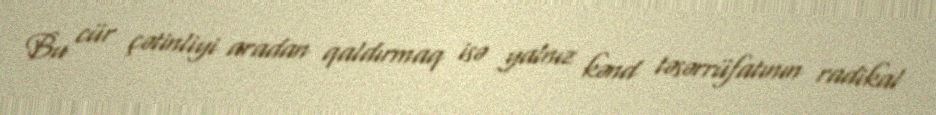
Bu cür çətinliyi aradan qaldırmaq isə yalnız kənd təsərrüfatının radikal